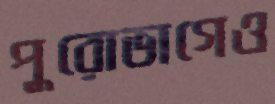
পুরোভাগেও